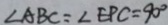
\angle A B C = \angle E P C = 9 0 ^ { \circ }